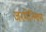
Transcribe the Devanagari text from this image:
जरमेनियम